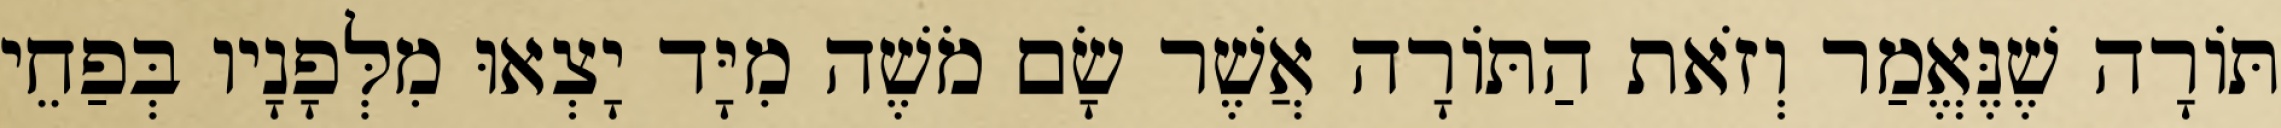
תּוֹרָה שֶׁנֶּאֱמַר וְזֹאת הַתּוֹרָה אֲשֶׁר שָׂם מֹשֶׁה מִיָּד יָצְאוּ מִלְּפָנָיו בְּפַחֵי